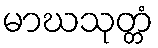
မာဃသုတ္တံ